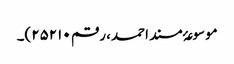
موسوعۂ مسند احمد، رقم ۲۵۲۱۰)۔